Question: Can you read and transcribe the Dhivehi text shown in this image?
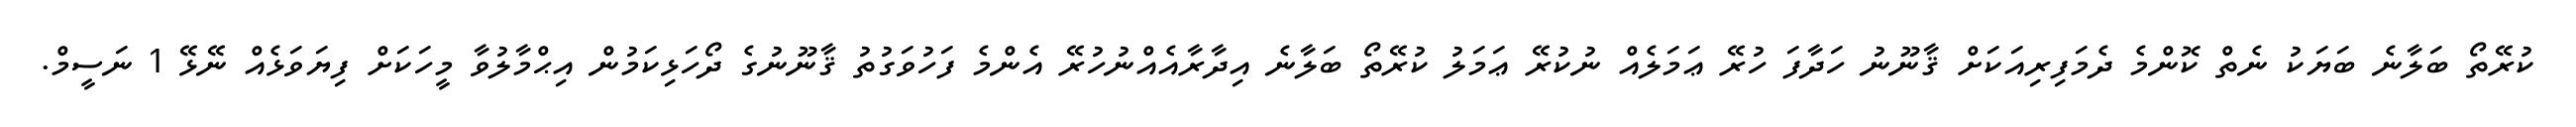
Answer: ކުރޭތޯ ބަލާނެ ބަޔަކު ނެތް ކޮންމެ ދެމަފިރިއަކަށް ޤާނޫނު ހަދާފަ ހުރޭ ޢަމަލެއް ނުކުރޭ ޢަމަލު ކުރޭތޯ ބަލާނެ އިދާރާއެއްނުހުރޭ އެންމެ ފަހުވަގުތު ޤާނޫނުގެ ދޯހަޅިކަމުން އިޙްމާލުވާ މީހަކަށް ފިޔަވަޅެއް ނޭޅޭ 1 ނަސީމް.